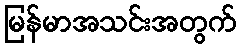
မြန်မာအသင်းအတွက်